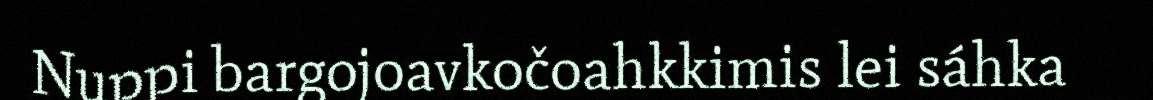
Nuppi bargojoavkočoahkkimis lei sáhka